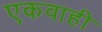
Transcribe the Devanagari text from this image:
एकवाही